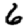
Digit: 6